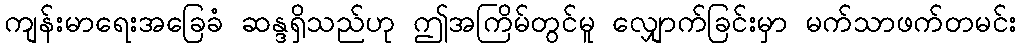
ကျန်းမာရေးအခြေခံ ဆန္ဒရှိသည်ဟု ဤအကြိမ်တွင်မူ လျှောက်ခြင်းမှာ မက်သာဖက်တမင်း